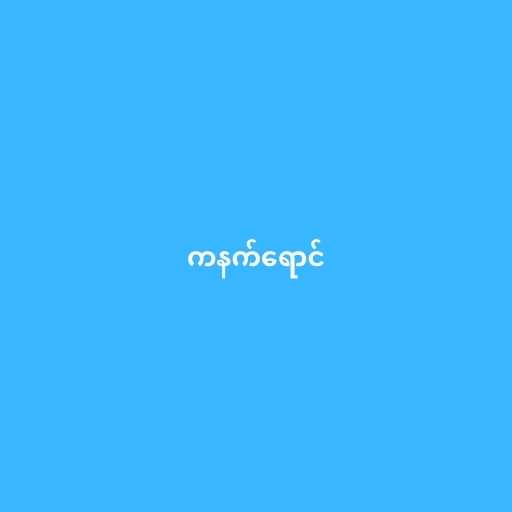
ကနက်ရောင်